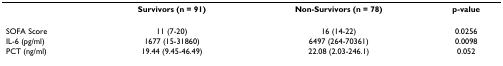
|  | Survivors (n = 91) | Non-Survivors (n = 78) | p-value |
 | --- | --- | --- | --- |
 | SOFA Score | 11 (7-20) | 16 (14-22) | 0.0256 |
 | IL-6 (pg/ml) | 1677 (15-31860) | 6497 (264-70361) | 0.0098 |
 | PCT (ng/ml) | 19.44 (9.45-46.49) | 22.08 (2.03-246.1) | 0.052 |